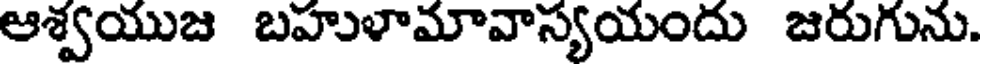
ఆశ్వయుజ బహుళామావాస్యయందు జరుగును.